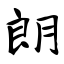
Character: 朗